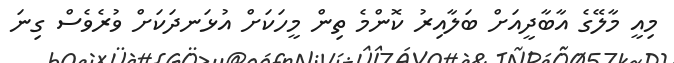
މިއީ މާލޭގެ އާބާދީއަށް ބަލާއިރު ކޮންމެ ތިން މީހަކަށް އުޅަނދަކަށް ވުރެވެސް ގިނަ